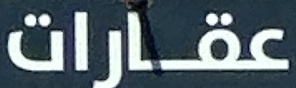
عقارات